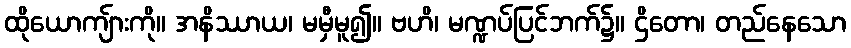
ထိုယောကျ်ားကို။ အနိဿာယ၊ မမှီမူ၍။ ဗဟိ၊ မဏ္ဍပ်ပြင်ဘက်၌။ ဌိတော၊ တည်နေသော